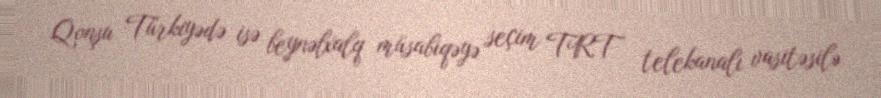
Qonşu Türkiyədə isə beynəlxalq müsabiqəyə seçim TRT telekanalı vasitəsilə